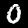
Label: 0